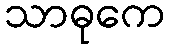
သာဓုကေ